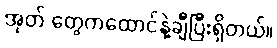
အုတ် တွေကထောင်နဲ့ချီပြီးရှိတယ်။